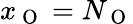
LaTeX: x_{\mathrm{~O~}}=N_{\mathrm{~O~}}